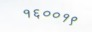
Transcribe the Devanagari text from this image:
१६००१९